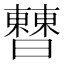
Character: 𣍘